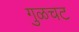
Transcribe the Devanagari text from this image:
गुळचट